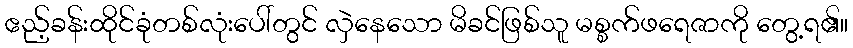
ဧည့်ခန်းထိုင်ခုံတစ်လုံးပေါ်တွင် လှဲနေသော မိခင်ဖြစ်သူ မစ္စက်ဖရေဇာကို တွေ့ရ၏။